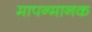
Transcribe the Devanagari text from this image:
मापन्मानक